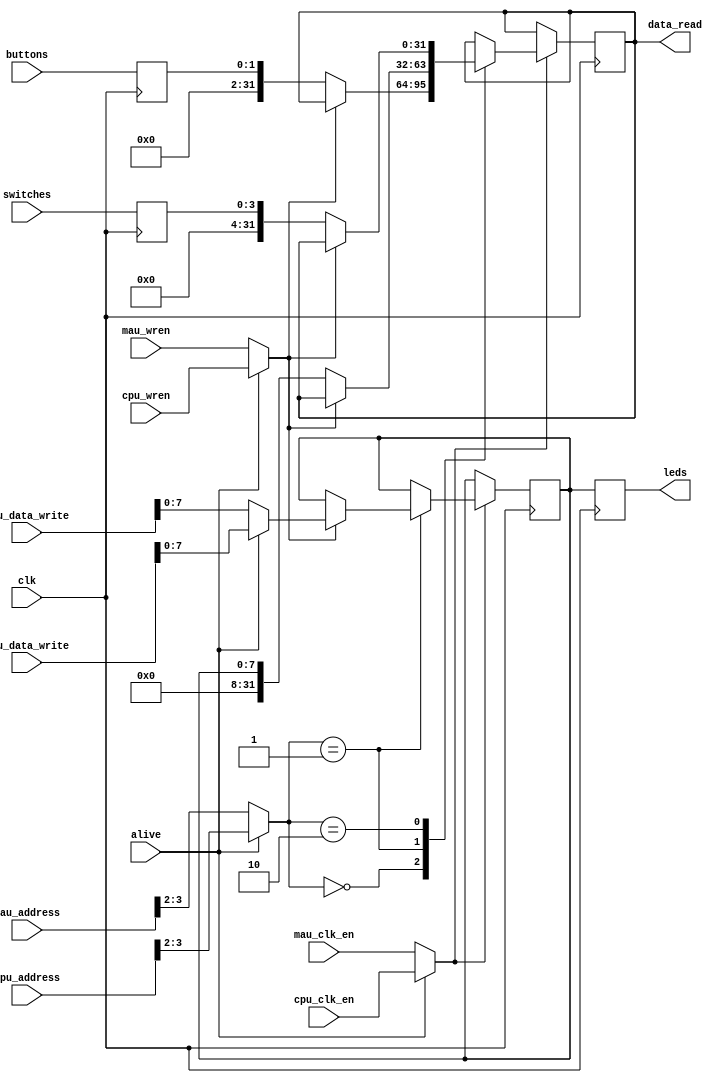
module iou(
	clk,
	cpu_clk_en,
	cpu_address,
	cpu_data_write,
	cpu_wren,
	mau_clk_en,
	mau_address,
	mau_data_write,
	mau_wren,
	data_read,
	alive,
	buttons,
	leds,
	switches
);

	input wire         clk;
	input wire         cpu_clk_en;
	input wire  [31:0] cpu_address;
	input wire  [31:0] cpu_data_write;
	input wire         cpu_wren;
	input wire      	 mau_clk_en;
	input wire  [31:0] mau_address;
	input wire  [31:0] mau_data_write;
	input wire         mau_wren;
	input wire 	       alive;
	output reg [31:0] data_read;

	input  wire [1:0]  buttons;
	output reg  [7:0]  leds;
	input  wire [3:0]  switches;
	
	reg [1:0] buttons_reg;
	reg [7:0] leds_reg;
	reg [3:0] switches_reg;
	
	wire [15:0] ram_address;
	wire [31:0] ram_data_write;
	wire 			ram_wren;
	wire			ram_clk_en;

	assign ram_address    = (alive == 1'b0) ? mau_address[16:2] : cpu_address[16:2];
	assign ram_data_write = (alive == 1'b0) ? mau_data_write : cpu_data_write;
	assign ram_wren       = (alive == 1'b0) ? mau_wren : cpu_wren;
	assign ram_clk_en     = (alive == 1'b0) ? mau_clk_en : cpu_clk_en;

	always @(posedge clk) begin
		buttons_reg <= buttons;
		leds <= leds_reg;
		switches_reg <= switches;
		
		if(ram_clk_en == 1'b1) begin
			case(ram_address[1:0])
					2'b00: begin
						// Buttons
						if(ram_wren == 1'b1) begin
							/* not supported */
						end else begin
							data_read <= {30'b0, buttons_reg};
						end
					end
					
					2'b01: begin
						// LEDs
						if(ram_wren == 1'b1) begin
							leds_reg  <= ram_data_write[7:0];
						end else begin
							data_read <= {24'b0, leds_reg};
						end
					end
					
					2'b10: begin
						// SWITCHES
						if(ram_wren == 1'b1) begin
							/* not supported */
						end else begin
							data_read <= {28'b0, switches_reg};
						end
					end
			endcase
		end
	end
endmodule